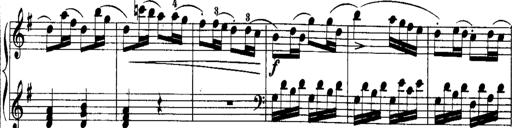
Title: Rondos and Sonatinas for Pianoforte
Composer: Daniel Steibelt